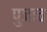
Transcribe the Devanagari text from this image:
पुजाच